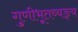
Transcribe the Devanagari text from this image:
गुणीभूतव्यङ्य